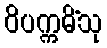
ဝိပက္ကမိံသု